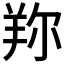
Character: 𦍴